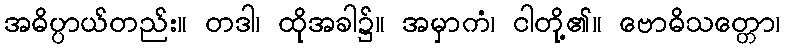
အဓိပ္ပာယ်တည်း။ တဒါ၊ ထိုအခါ၌။ အမှာကံ၊ ငါတို့၏။ ဗောဓိသတ္တော၊